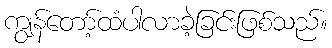
ကျွန်တော့်ထံပါလာခဲ့ခြင်းဖြစ်သည်။